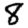
Digit: 8